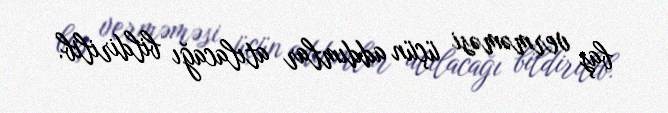
baş verməməsi üçün addımlar atılacağı bildirilib.